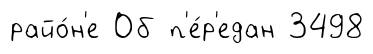
райо́н'е Об п'е́р'едан 3498